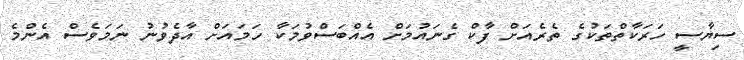
ސިޔާސީ ހަރަކާތްތަކުގެ ތެރެއަށް ފާކް ގެނައުމަށް އެއްބަސްވުމަކާ ހަމައަށް އާދެވުނު ނަމަވެސް އެންމެ